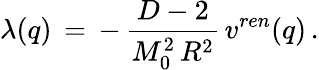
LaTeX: \lambda(q)\, =\, -\, \frac{D-2}{M_{0}^{2}\, R^{2}}\, v^{ren}(q)\, {.}